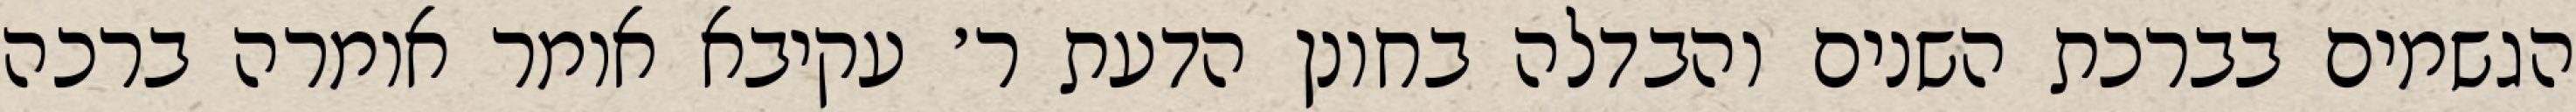
הגשמים בברכת השנים והבדלה בחונן הדעת ר׳ עקיבא אומר אומרה ברכה